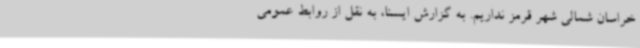
خراسان شمالی شهر قرمز نداریم. به گزارش ایسنا، به نقل از روابط عمومی